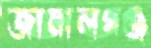
জামালগঞ্জ